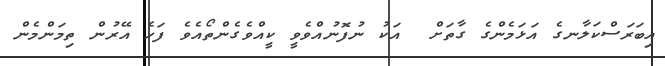
އިބަރަސްކަލާނގެ އަޅަމެންގެ ގާތަށް  އަކު ނުފޮނުއްވެވީ ކީއްވެގެންތޯއެވެ ފަހެ އޭރުން ތިމަންމެން